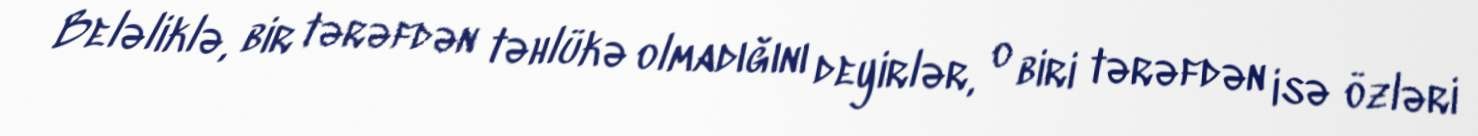
Beləliklə, bir tərəfdən təhlükə olmadığını deyirlər, o biri tərəfdən isə özləri